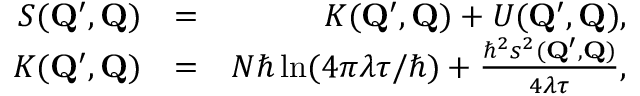
\begin{array} { r l r } { S ( \mathbf { Q } ^ { \prime } , \mathbf { Q } ) } & { = } & { K ( \mathbf { Q } ^ { \prime } , \mathbf { Q } ) + U ( \mathbf { Q } ^ { \prime } , \mathbf { Q } ) , } \\ { K ( \mathbf { Q } ^ { \prime } , \mathbf { Q } ) } & { = } & { N \hbar \ln ( 4 \pi \lambda \tau / \hbar ) + \frac { \hbar ^ { 2 } s ^ { 2 } ( \mathbf { Q } ^ { \prime } , \mathbf { Q } ) } { 4 \lambda \tau } , } \end{array}